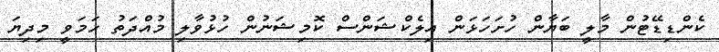
ކެންޑިޑޭޓުން މާލީ ބަޔާން ހުށަހަޅަން އިލެކްޝަންސް ކޮމިޝަނުން ހުޅުވާލި މުއްދަތު ހަމަވީ މިދިޔަ